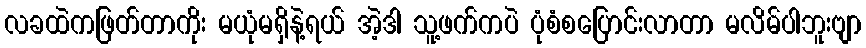
လခထဲကဖြတ်တာကိုး မယုံမရှိနဲ့ရယ် အဲ့ဒါ သူ့ဖက်ကပဲ ပုံစံစပြောင်းလာတာ မလိမ်ပါဘူးဗျာ